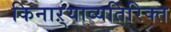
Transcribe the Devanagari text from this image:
किनाऱ्याव्यतिरिक्त